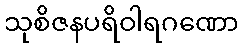
သုစိဇနပရိဝါရဂဏော